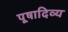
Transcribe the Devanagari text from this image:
पूषादिव्य